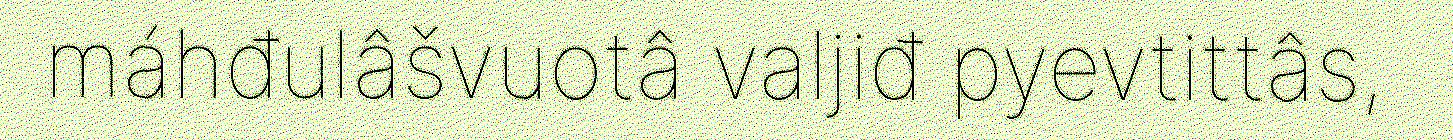
máhđulâšvuotâ valjiđ pyevtittâs,